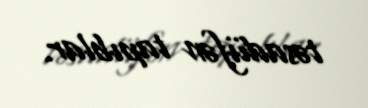
təsadüfən tapıblar.